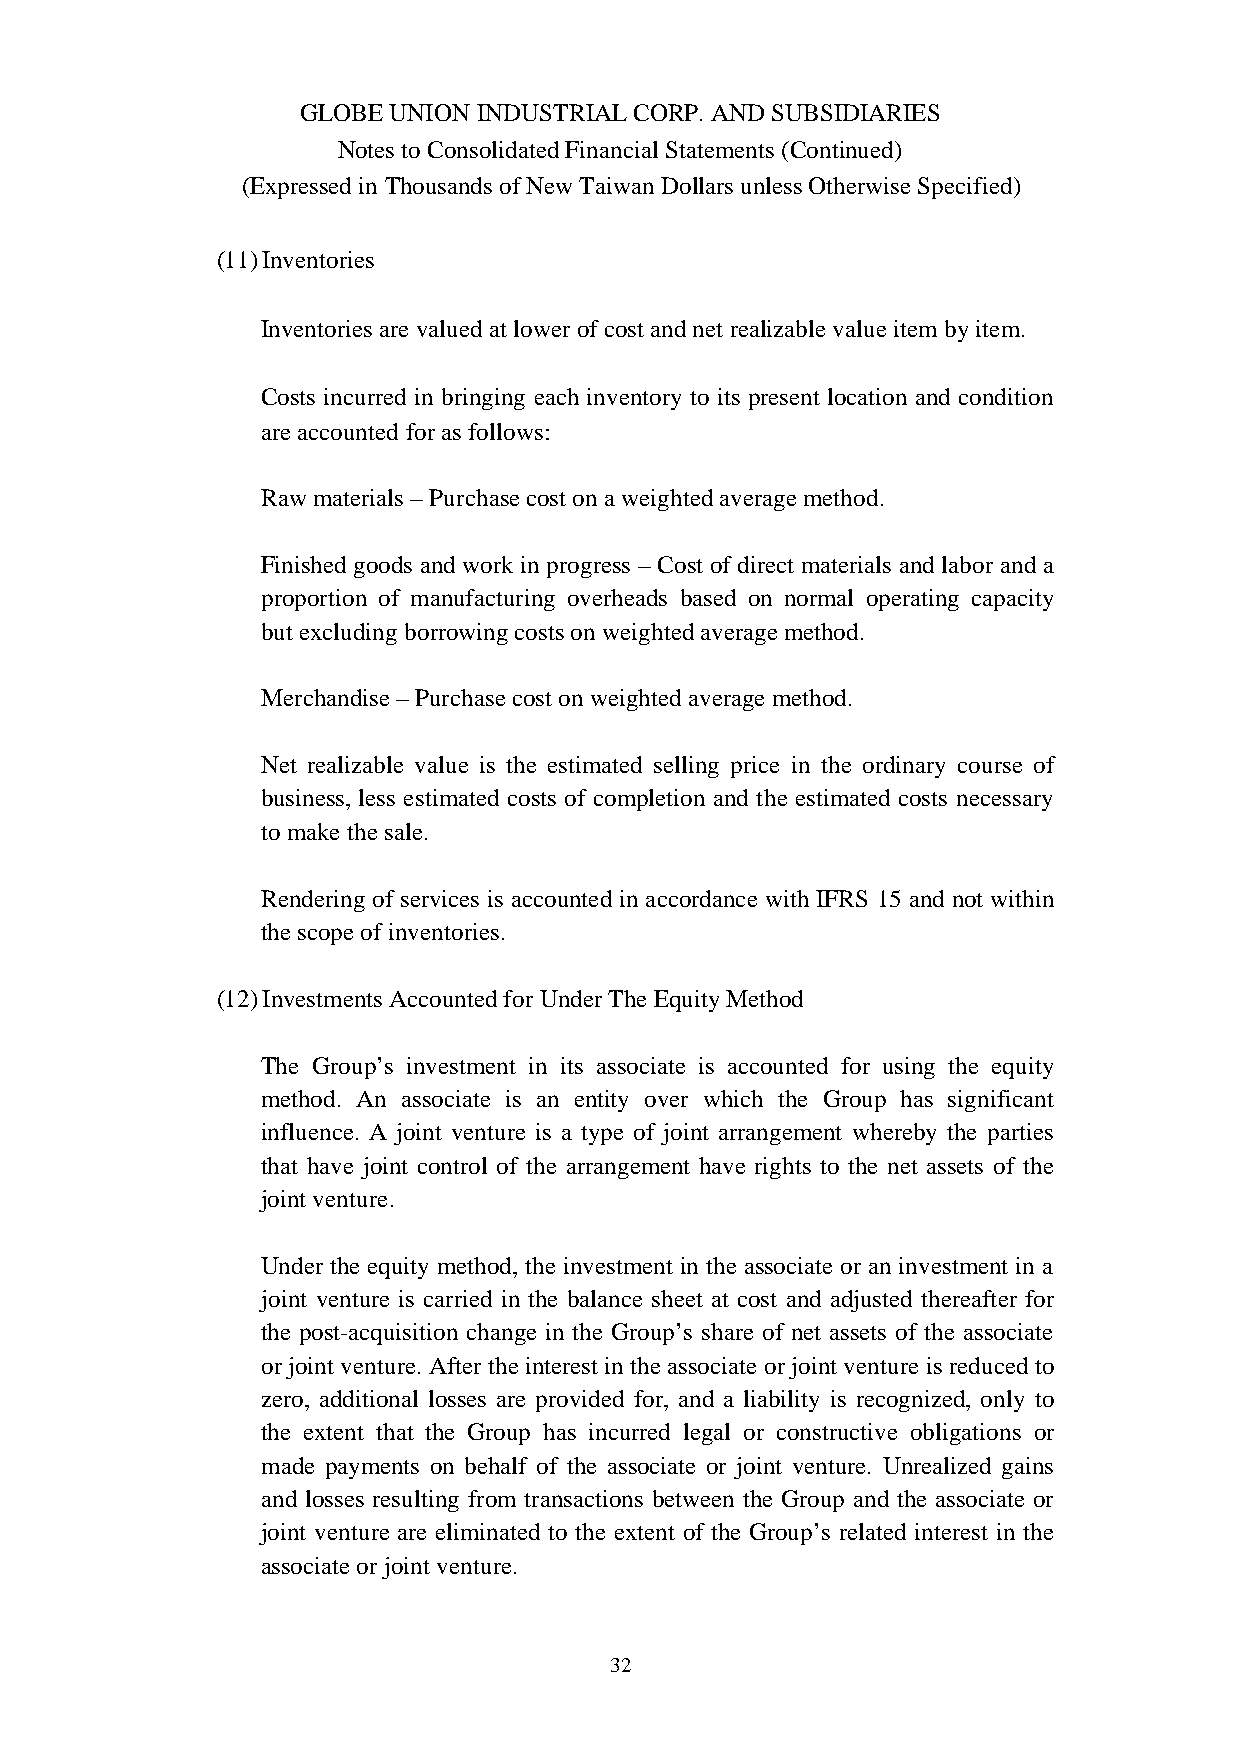
GLOBE UNION INDUSTRIAL CORP. AND SUBSIDIARIES
 Notes to Consolidated Financial Statements (Continued)
 (Expressed in Thousands of New Taiwan Dollars unless Otherwise Specified)
 (11)Inventories
 Inventories are valued at lower of cost and net realizable value item by item.
 Costs incurred in bringing each inventory to its present location and condition
 are accounted for as follows:
 Raw materials – Purchase cost on a weighted average method.
 Finished goods and work in progress – Cost of direct materials and labor and a
 proportion of manufacturing overheads based on normal operating capacity
 but excluding borrowing costs on weighted average method.
 Merchandise – Purchase cost on weighted average method.
 Net realizable value is the estimated selling price in the ordinary course of
 business, less estimated costs of completion and the estimated costs necessary
 to make the sale.
 Rendering of services is accounted in accordance with IFRS 15 and not within
 the scope of inventories.
 (12)Investments Accounted for Under The Equity Method
 The Group’s investment in its associate is accounted for using the equity
 method. An associate is an entity over which the Group has significant
 influence. A joint venture is a type of joint arrangement whereby the parties
 that have joint control of the arrangement have rights to the net assets of the
 joint venture.
 Under the equity method, the investment in the associate or an investment in a
 joint venture is carried in the balance sheet at cost and adjusted thereafter for
 the post-acquisition change in the Group’s share of net assets of the associate
 or joint venture. After the interest in the associate or joint venture is reduced to
 zero, additional losses are provided for, and a liability is recognized, only to
 the extent that the Group has incurred legal or constructive obligations or
 made payments on behalf of the associate or joint venture. Unrealized gains
 and losses resulting from transactions between the Group and the associate or
 joint venture are eliminated to the extent of the Group’s related interest in the
 associate or joint venture.
 32